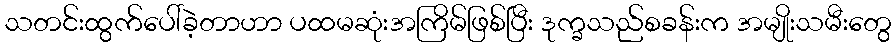
သတင်းထွက်ပေါ်ခဲ့တာဟာ ပထမဆုံးအကြိမ်ဖြစ်ပြီး ဒုက္ခသည်စခန်းက အမျိုးသမီးတွေ